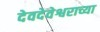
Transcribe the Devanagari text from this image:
देवदेवेश्वराच्या